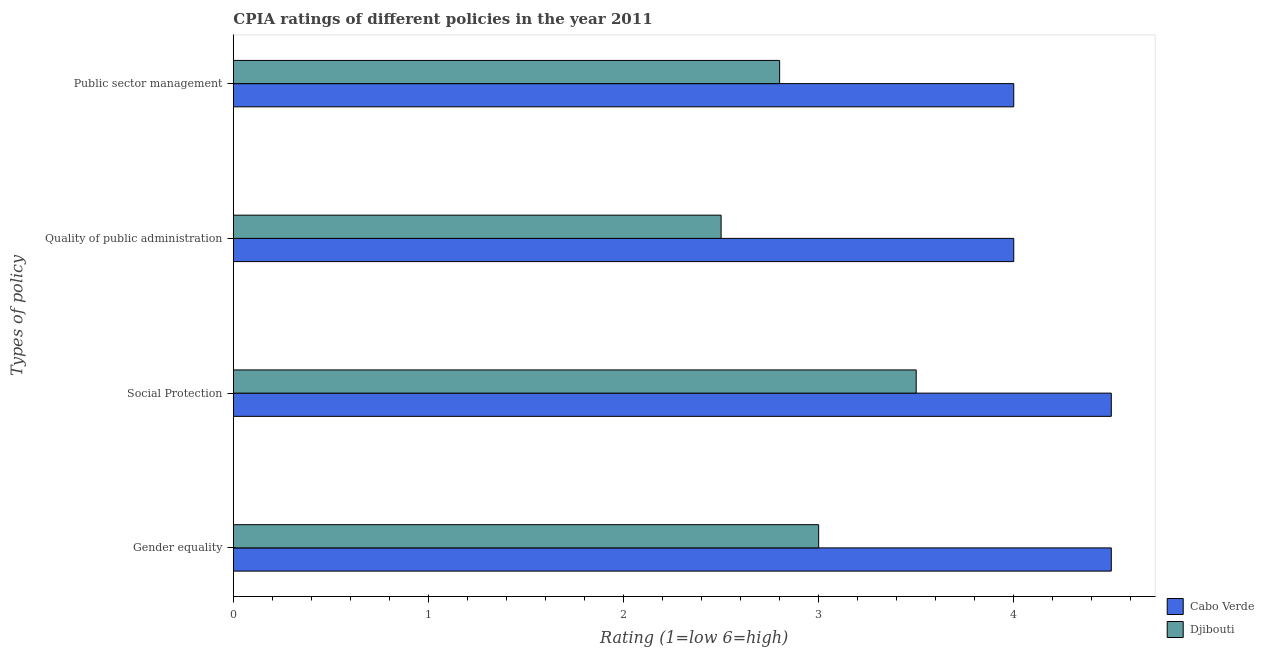
| Types of policy | Cabo Verde | Djibouti |
 | --- | --- | --- |
 | Gender equality | 4.5 | 3 |
 | Social Protection | 4.5 | 3.5 |
 | Quality of public administration | 4 | 2.5 |
 | Public sector management | 4 | 2.8 |